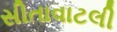
સીતાવાટલી